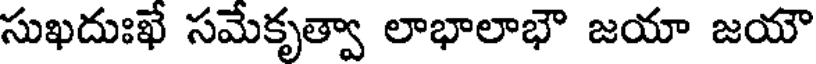
సుఖదుఃఖే సమేకృత్వా లాభాలాభౌ జయా జయౌ